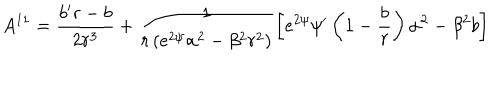
LaTeX: A ^ { 1 1 } = \frac { b ^ { \prime } r - b } { 2 r ^ { 3 } } + \frac { 1 } { r \left( e ^ { 2 \psi } \alpha ^ { 2 } - \beta ^ { 2 } r ^ { 2 } \right) } \left[ e ^ { 2 \psi } \psi ^ { \prime } \left( 1 - \frac { b } { r } \right) \alpha ^ { 2 } - \beta ^ { 2 } b \right]